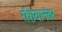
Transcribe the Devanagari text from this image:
रशियानंतर